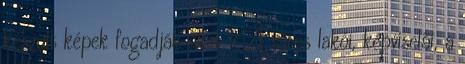
készült képek fogadják őket. A város lakói, képviselői, a